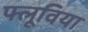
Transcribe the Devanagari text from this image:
फ्लूविया